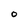
Character: 0